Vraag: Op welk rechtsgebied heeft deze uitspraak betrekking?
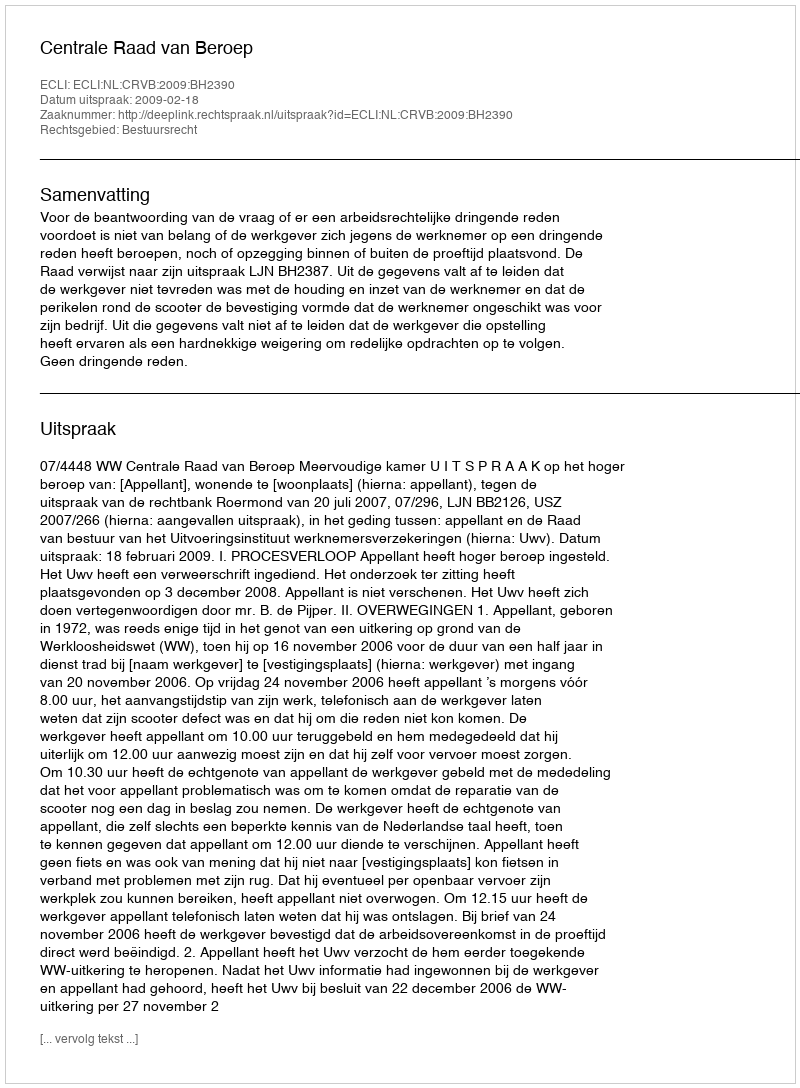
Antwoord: Bestuursrecht